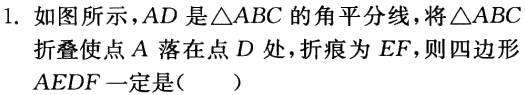
1. 如图所示，\(AD\)是\(\triangle ABC\)的角平分线，将\(\triangle ABC\)折叠使点\(A\)落在点\(D\)处，折痕为\(EF\)，则四边形\(AEDF\)一定是（  ）